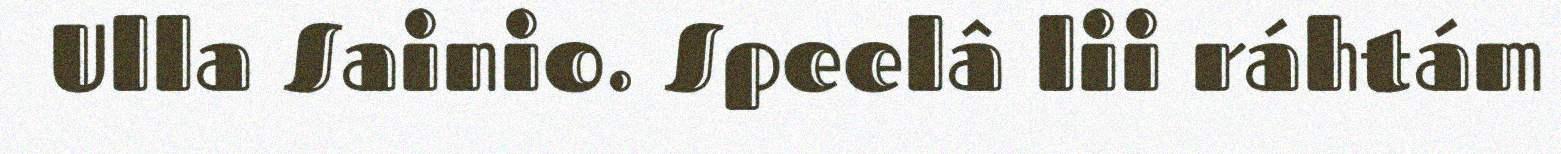
Ulla Sainio. Speelâ lii ráhtám